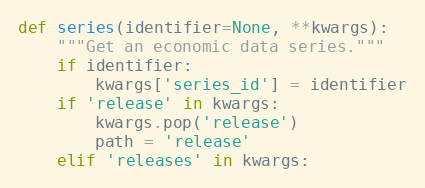
Language: Python
def series(identifier=None, **kwargs):
    """Get an economic data series."""
    if identifier:
        kwargs['series_id'] = identifier
    if 'release' in kwargs:
        kwargs.pop('release')
        path = 'release'
    elif 'releases' in kwargs: